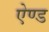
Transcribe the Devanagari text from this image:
एेण्ड